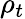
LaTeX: \rho_{t}